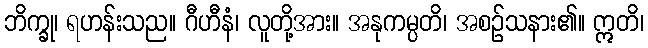
ဘိက္ခု၊ ရဟန်းသည။ ဂီဟီနံ၊ လူတို့အား။ အနုကမ္ပတိ၊ အစဉ်သနား၏။ ဣတိ၊